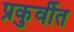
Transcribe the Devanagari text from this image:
प्रकुर्वीत